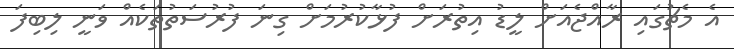
އެ މެޗުގައި ރާއްޖެއަށް ލީޑު އިތުރަށް ފުޅާކުރުމަށް ގިނަ ފުރުސަތުތަކެއް ވަނީ ލިބިފަ